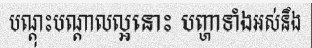
បណ្តុះបណ្តាលល្អនោះ បញ្ហាទាំងអស់នឹង